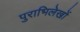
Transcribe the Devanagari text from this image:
पुराभिलेखों